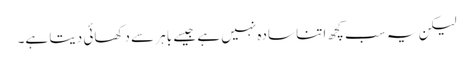
لیکن یہ سب کچھ اتنا سادہ نہیں ہے جیسے باہر سے دکھائی دیتا ہے۔